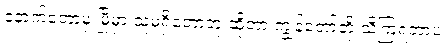
နောက်တော့မှ မြို့မှာ သူမရှိတော့ဘူးဆိုတာ ကျွန်တော်တို့ သိကြရတာပဲ